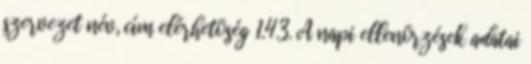
szervezet név, cím elérhetõség 1.4.3. A napi ellenõrzések adatai